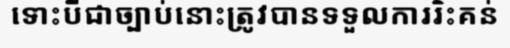
ទោះបីជាច្បាប់នោះត្រូវបានទទួលការរិះគន់